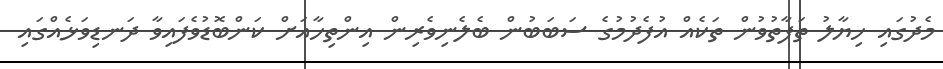
މެދުގައި ޚިޔާލު ތަފާތުވުން ތަކެއް އުފެދުމުގެ ސަބަބުން ބެލެނިވެރިން އިންތިހާއަށް ކަންބޮޑުވެފައިވާ ދަނޑިވަޅެއްގައި